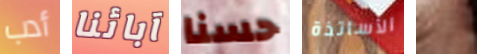
أدب آبائنا حسنا الأساتذة يبدأ